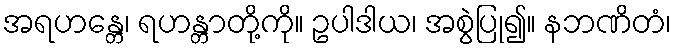
အရဟန္တေ၊ ရဟန္တာတို့ကို။ ဥပါဒါယ၊ အစွဲပြု၍။ နဘဏိတံ၊